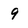
Character: 9